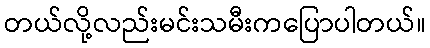
တယ်လို့လည်းမင်းသမီးကပြောပါတယ်။